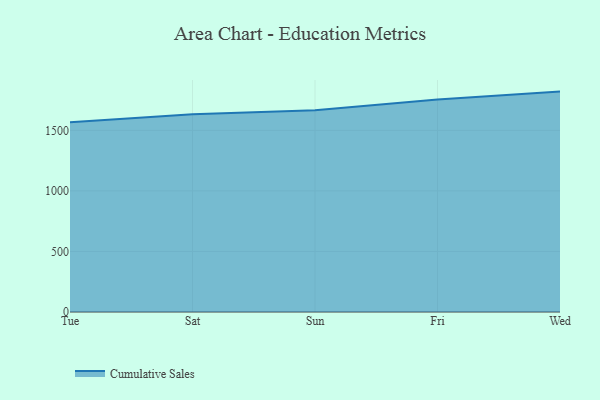
{"axis": {"x": "Day", "y": "Inventory Turnover"}, "legend": ["Cumulative Sales"], "data": [{"x": "Tue", "y": 1567.4, "type": "Cumulative Sales"}, {"x": "Sat", "y": 1632.1, "type": "Cumulative Sales"}, {"x": "Sun", "y": 1666.6, "type": "Cumulative Sales"}, {"x": "Fri", "y": 1755.1, "type": "Cumulative Sales"}, {"x": "Wed", "y": 1820.0, "type": "Cumulative Sales"}]}